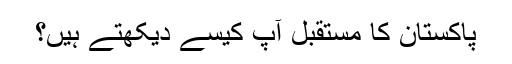
پاکستان کا مستقبل آپ کیسے دیکھتے ہیں؟